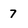
Character: 7